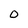
Character: 0